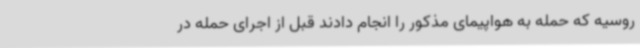
روسیه که حمله به هواپیمای مذکور را انجام دادند قبل از اجرای حمله در